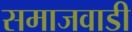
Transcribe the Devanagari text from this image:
समाजवाडी